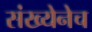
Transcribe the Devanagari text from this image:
संख्येनेच